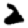
Digit: 2